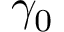
\gamma _ { 0 }